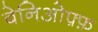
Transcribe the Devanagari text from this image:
बेनिओफ़्फ़